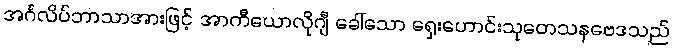
အင်္ဂလိပ်ဘာသာအားဖြင့် အာကီယောလိုဂျီ ခေါ်သော ရှေးဟောင်းသုတေသနဗေဒသည်